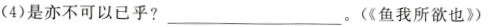
(4)是亦不可以已乎?___。(《鱼我所欲也》)